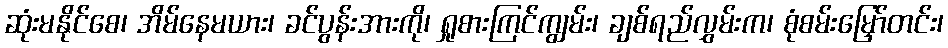
ဆုံးမနိုင်စေ၊ အိမ်နေမယား၊ ခင်ပွန်းအားကို၊ ရှုစားကြင်ကျွမ်း၊ ချစ်ရည်လွှမ်းက၊ စုံစမ်းမြှော်တင်း၊